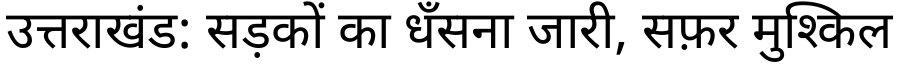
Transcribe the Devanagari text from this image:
उत्तराखंड: सड़कों का धँसना जारी, सफ़र मुश्किल